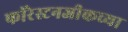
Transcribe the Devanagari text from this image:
फॉरेस्टनजीकच्या